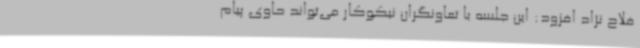
فلاح نژاد افزود: این جلسه با تعاونگران نیکوکار می‌تواند حاوی پیام